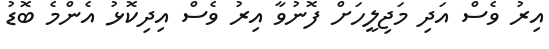
އިރު ވެސް އަދި މަޖިލީހަށް ފޮނުވާ އިރު ވެސް އިދިކޮޅު އެންމެ ބޮޑު